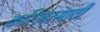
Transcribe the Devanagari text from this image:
करिअरसाठी